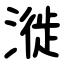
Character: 漇